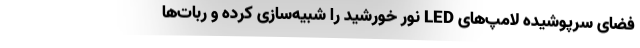
فضای سرپوشیده لامپ‌های LED نور خورشید را شبیه‌سازی کرده و ربات‌ها